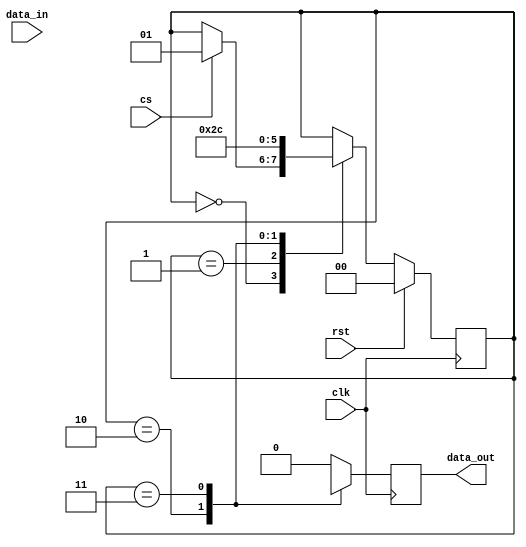
module spi_master(
  input wire clk,
  input wire rst,
  input wire cs,
  input wire data_in,
  output reg data_out
);

// SPI communication protocol parameters
parameter CPOL = 0; // Clock polarity
parameter CPHA = 0; // Clock phase
parameter DATA_RATE = 1000000; // Data transfer rate

// State machine states
parameter IDLE = 2'b00;
parameter SELECT_SLAVE = 2'b01;
parameter SEND_DATA = 2'b10;
parameter RECEIVE_DATA = 2'b11;

// Internal signals
reg [1:0] state;
reg [7:0] tx_data;
reg [7:0] rx_data;

// State machine
always @ (posedge clk) begin
  if (rst) begin
    state <= IDLE;
  end else begin
    case (state)
      IDLE: begin
        if (cs) begin
          state <= SELECT_SLAVE;
        end
      end
      SELECT_SLAVE: begin
        // Select slave device
        state <= SEND_DATA;
      end
      SEND_DATA: begin
        // Send data to slave
        state <= RECEIVE_DATA;
      end
      RECEIVE_DATA: begin
        // Receive data from slave
        state <= IDLE;
      end
    endcase
  end
end

// Data transfer
always @ (posedge clk) begin
  case (state)
    SEND_DATA: begin
      // Send data
      data_out <= tx_data;
    end
    RECEIVE_DATA: begin
      // Receive data
      data_out <= rx_data;
    end
    default: begin
      data_out <= 8'h00;
    end
  endcase
end

endmodule